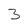
Character: 3